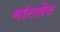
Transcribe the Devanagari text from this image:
गांटलेट